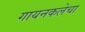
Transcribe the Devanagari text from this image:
गायनकलेचा